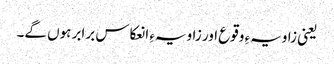
یعنی زاویہءِ وقوع اور زاویہءِ انعکاس برابر ہوں گے۔